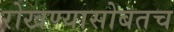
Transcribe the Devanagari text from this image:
रोखण्यासोबतच